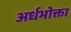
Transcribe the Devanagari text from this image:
अर्धभोक्ता